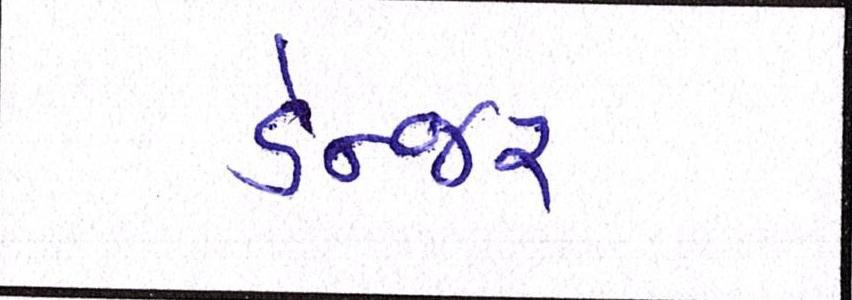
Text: ડેન્જર